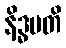
နိဒ္ဓမတိ